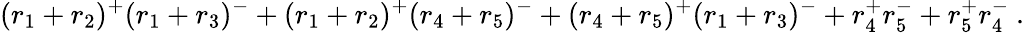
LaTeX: (r_{1}+r_{2})^{+}(r_{1}+r_{3})^{-}+(r_{1}+r_{2})^{+}(r_{4}+r_{5})^{-}+(r_{4}+r_{5})^{+}(r_{1}+r_{3})^{-}+r_{4}^{+}r_{5}^{-}+r_{5}^{+}r_{4}^{-}~.